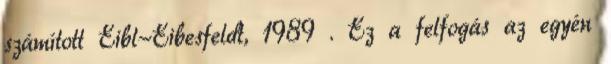
számított Eibl-Eibesfeldt, 1989 . Ez a felfogás az egyén